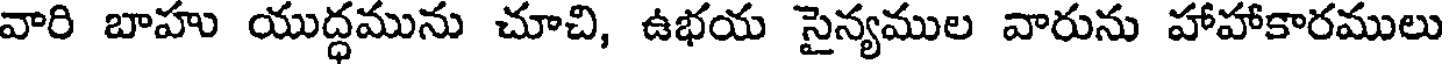
వారి బాహు యుద్ధమును చూచి, ఉభయ సైన్యముల వారును హాహాకారములు